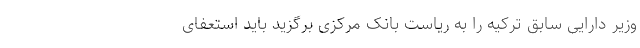
وزیر دارایی سابق ترکیه را به ریاست بانک مرکزی برگزید باید استعفای